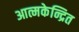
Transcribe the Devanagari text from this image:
आत्मकेन्द्रित